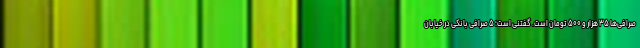
صرافی‌ها ۳۵ هزار و ۵۰۰ تومان است. گفتنی است؛ ۵ صرافی بانکی در خیابان